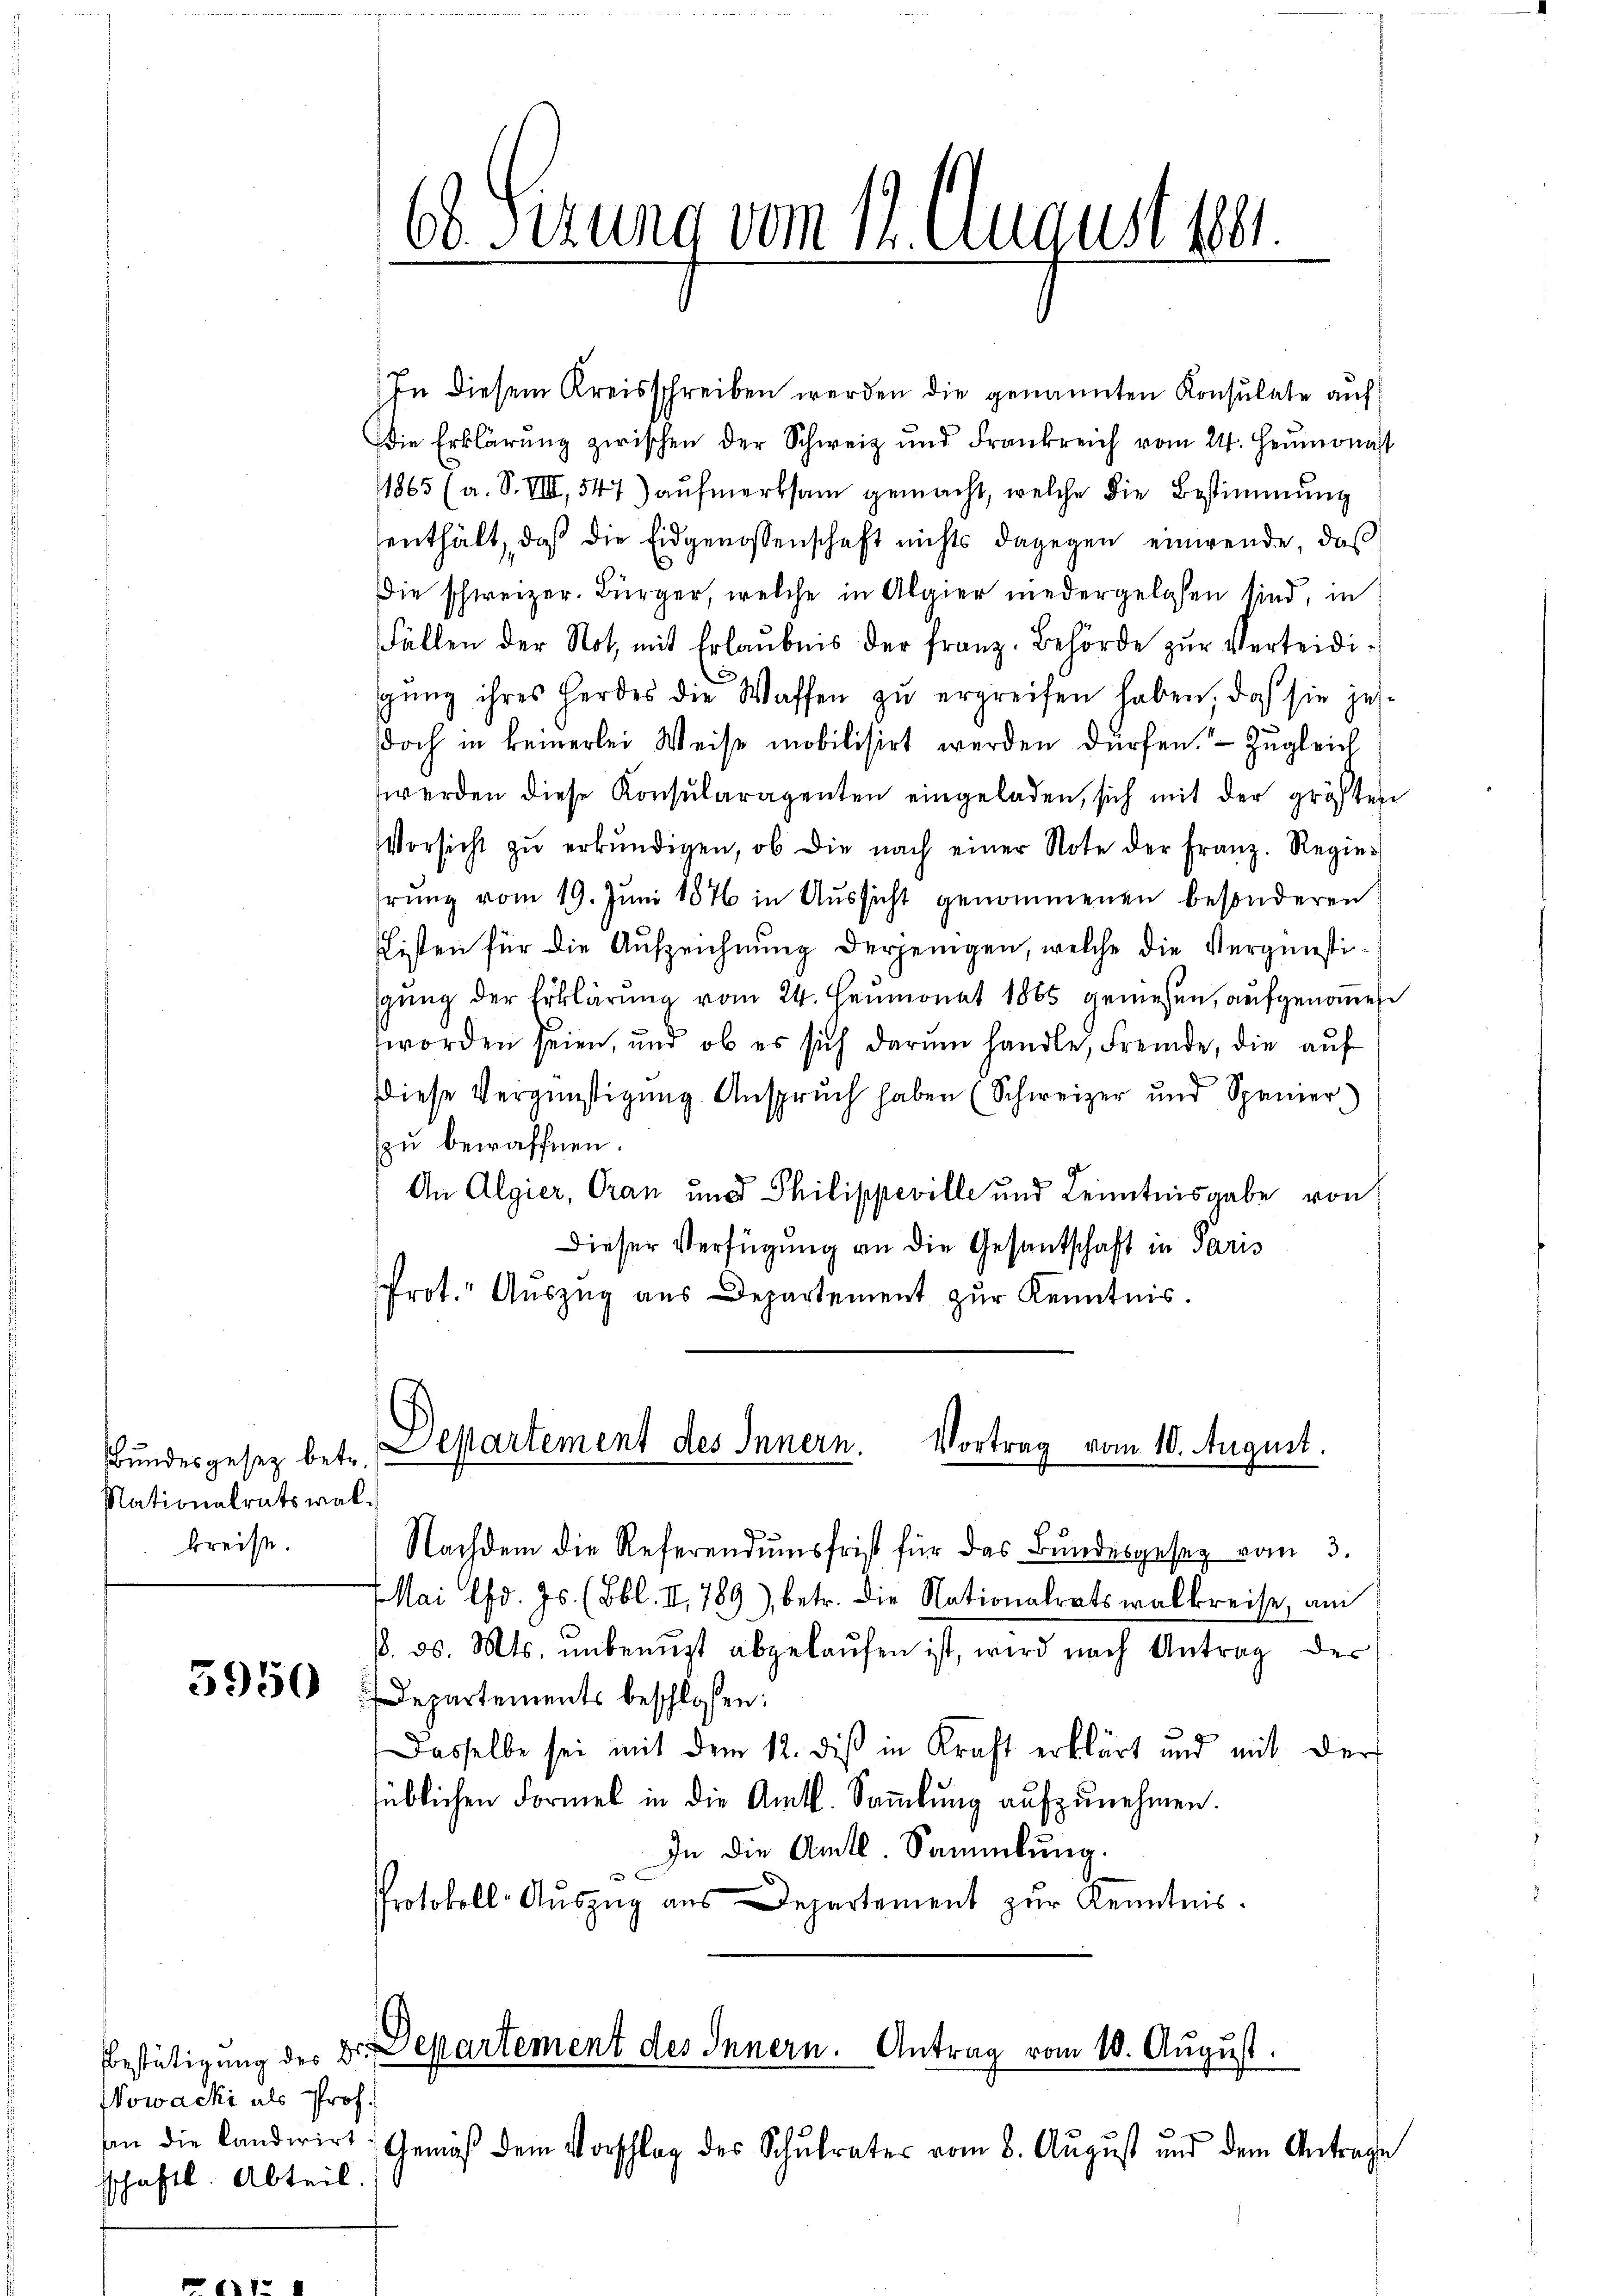
Bundesgesez betr.
Nationalratswalkreise.

5950

Nowacki als Prof.
an die Landwirt
schaftl. Abteil.

68 Fezung vom 12. August 1881.
.

In diesem Kreisschreiben werden die genannten Konsulate auf
Die Erklärung zwischen der Schweiz und Frankreich vom 24. Heumonast
1865 (a. S. VIII, 541) aufmerksam gemacht, welche die Bestimmung
enthält, daß die Eidgenossenschaft nichts dagegen einwende, daß
Die schweizer. Bürger, welche in Algier niedergelassen sind, in
Fällen der Notz mit Erlaubnis der Franz. Behörde zur Verteidigŭng ihres Herdes die Waffen zŭ ergreifen haben, daß sie jet
doch in keinerlei Weise mobilisirt werden dürfen. Zugleich
werden diese Konsŭlaragenten eingeladen, sich mit der größten
Versicht zŭ erkŭndigen, ob die nach einer Note der Franz. Regiehrung vom 19. Juni 1876 in Aussicht genommenen besonderen
Listen für die Aufzeichnung derjenigen, welche die Vergünstisgŭng der Erklärung vom 24. Heumonat 1865 gemessen, aufgenommen
worden seien, und ob es sich darŭm handle, Fremde, die aŭf
diese Vergünstigŭng Ansprŭch haben (Schweizer und Spanier
zu bewaffnen.
An Algier, Oran und Philippeville und Kenntnisgabe von
Dieser Verfügung an die Gesantschaft in Paris
Prot. Auszug aus Departement zŭr Kenntnis.

Departement des Innern. Vortrag vom 10. August.

Nachdem die Referendumsfrist für das Bundesgeseg vom 3.
Mai lfd. Js. (Bbl. II. 789), betr. die Nationalratswalkreise, am
8. d. Mts. unbenuzt abgelaufen ist, wird nach Antrag der
Departements beschlossen:
Dasselbe sei mit dem 12. dis in Kraft erklärt und mit der
süblichen Formel in die Amtl. Sammlung aufzunehmen.
In die Amts Sammlung.
e
Protokoll-Aŭszŭg ans Departement zŭr Kenntnis.

Bestätigung des Dr. Departement des Innern. Antrag vom 10. August.
Gemäß dem Vorschlag des Schulrates vom 8. August und dem Antrage